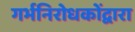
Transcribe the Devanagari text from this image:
गर्भनिरोधकोंद्वारा